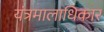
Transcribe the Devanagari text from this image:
यंत्रमालाधिकार